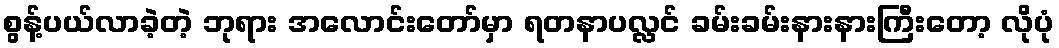
စွန့်ပယ်လာခဲ့တဲ့ ဘုရား အလောင်းတော်မှာ ရတနာပလ္လင် ခမ်းခမ်းနားနားကြီးတော့ လိုပုံ